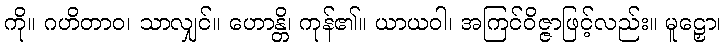
ကို။ ဂဟိတာဝ၊ သာလျှင်။ ဟောန္တိ၊ ကုန်၏။ ယာယဝါ၊ အကြင်ဝိဇ္ဇာဖြင့်လည်း။ မူဠှော၊